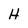
Character: H